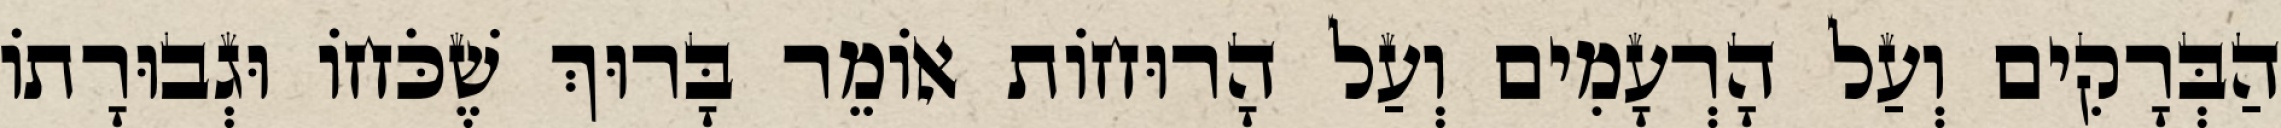
הַבְּרָקִים וְעַל הָרְעָמִים וְעַל הָרוּחוֹת אוֹמֵר בָּרוּךְ שֶׁכֹּחוֹ וּגְבוּרָתוֹ